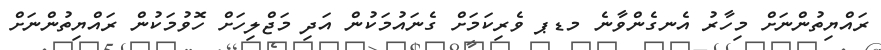
ރައްޔިތުންނަށް މިހާރު އެނގެންވާނެ މޑޕ ވެރިކަމަށް ގެނައުމަކުން އަދި މަޖްލިހަށް ހޮވުމަކުން ރައްޔިތުންނަށް